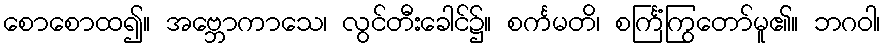
စောစောထ၍။ အဗ္ဘောကာသေ၊ လွင်တီးခေါင်၌။ စင်္ကမတိ၊ စင်္ကြံကြွတော်မူ၏။ ဘဂဝါ၊